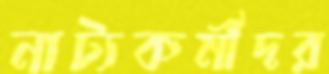
নাট্যকর্মীদর